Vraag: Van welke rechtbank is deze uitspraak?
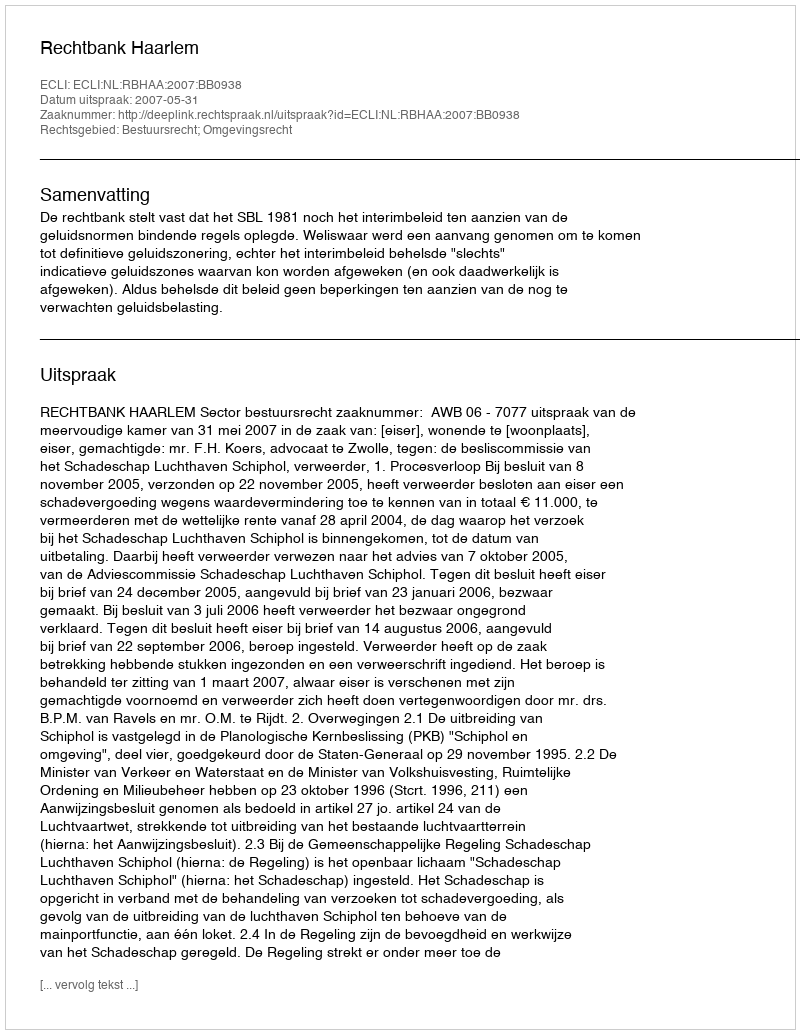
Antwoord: Rechtbank Haarlem